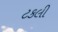
ટકલી